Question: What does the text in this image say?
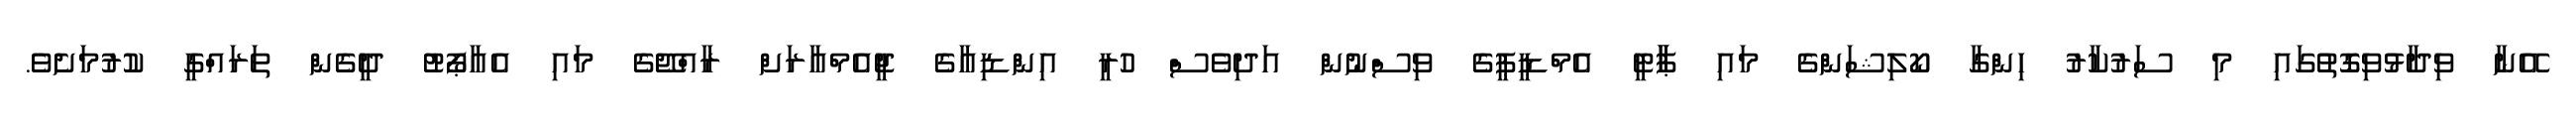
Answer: އޭނާ ވިދާޅުވިގޮތުގައި މި ސަރުކާރު ހިންގާ ކޯލިޝަންގެ މައި ޕާާޓީ އެމްޑީޕީގެ ވިސްނުން އަދިވެސް ހުރީ އިންޑިއާގެ ޖީއެމްއާރަށް ރާއްޖޭގެ މައި އެއާޕޯޓު ދީގެން ތަރައްގީ ކުރުމަށެވެ.